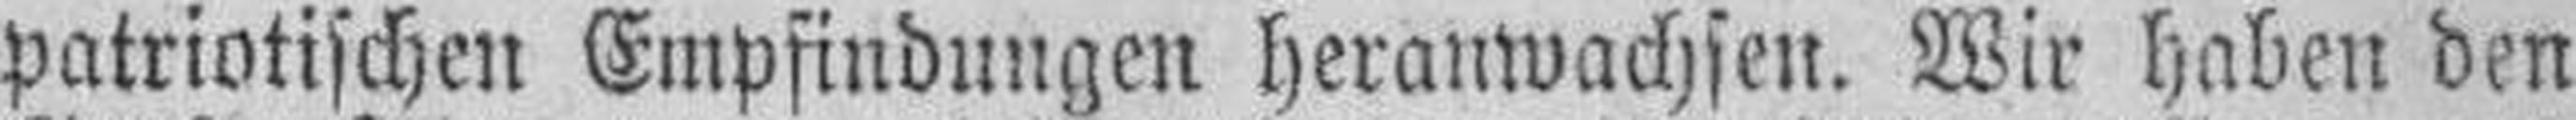
patriotischen Empfindungen heranwachsen. Wir haben den